Indian journal of veterinary science and animal husbandry - Volume 11,
Year: 1941
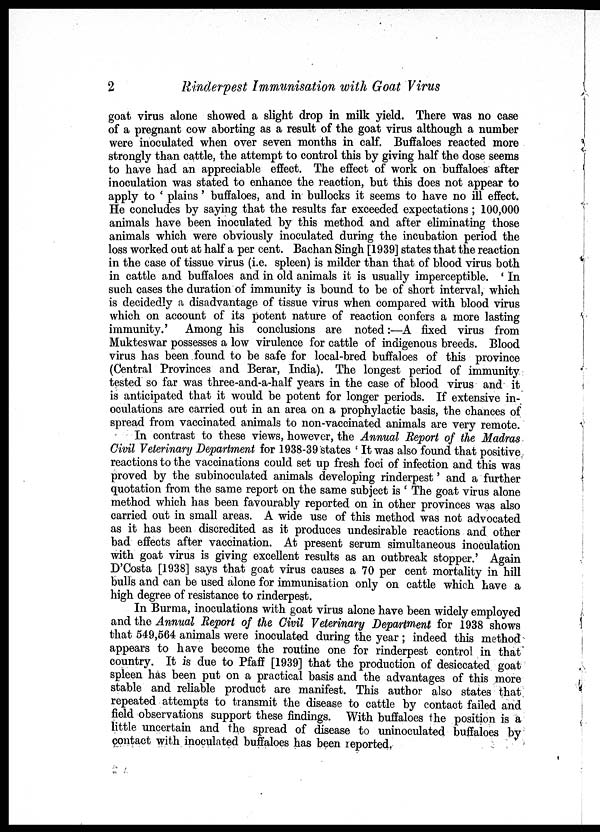
2
Rinderpest Immunisation with Goat Virus
goat virus alone showed a slight drop in milk yield. There was no case
of a pregnant cow aborting as a result of the goat virus although a number
were inoculated when over seven months in calf. Buffaloes reacted more
strongly than cattle, the attempt to control this by giving half the dose seems
to have had an appreciable effect. The effect of work on buffaloes after
inoculation was stated to enhance the reaction, but this does not appear to
apply to ' plains ' buffaloes, and in bullocks it seems to have no ill effect.
He concludes by saying that the results far exceeded expectations ; 100,000
animals have been inoculated by this method and after eliminating those
animals which were obviously inoculated during the incubation period the
loss worked out at half a per cent. Bachan Singh [1939] states that the reaction
in the case of tissue virus (i.e. spleen) is milder than that of blood virus both
in cattle and buffaloes and in old animals it is usually imperceptible. ' In
such cases the duration of immunity is bound to be of short interval, which
is decidedly a disadvantage of tissue virus when compared with blood virus
which on account of its potent nature of reaction confers a more lasting
immunity.'
Among his conclusions are noted:—A fixed virus from
Mukteswar possesses a low virulence for cattle of indigenous breeds. Blood
virus has been found to be safe for local-bred buffaloes of this province
(Central Provinces and Berar, India). The longest period of immunity
tested so far was three-and-a-half years in the case of blood virus and it
is anticipated that it would be potent for longer periods. If extensive in-
oculations are carried out in an area on a prophylactic basis, the chances of
spread from vaccinated animals to non-vaccinated animals are very remote.
In contrast to these views, however, the Annual Report of the Madras
Civil Veterinary Department for 1938-39 states ' It was also found that positive
reactions to the vaccinations could set up fresh foci of infection and this was
proved by the subinoculated animals developing rinderpest' and a further
quotation from the same report on the same subject is ' The goat virus alone
method which has been favourably reported on in other provinces was also
carried out in small areas. A wide use of this method was not advocated
as it has been discredited as it produces undesirable reactions and other
bad effects after vaccination. At present serum simultaneous inoculation
with goat virus is giving excellent results as an outbreak stopper.' Again
D'Costa [1938] says that goat virus causes a 70 per cent mortality in hill
bulls and can be used alone for immunisation only on cattle which have a
high degree of resistance to rinderpest.
In Burma, inoculations with goat virus alone have been widely employed
and the Annual Report of the Civil Veterinary Department for 1938 shows
that 549,564 animals were inoculated during the year ; indeed this method
appears to have become the routine one for rinderpest control in that'
country. It is due to Pfaff [1939] that the production of desiccated goat
spleen has been put on a practical basis and the advantages of this more
stable and reliable product are manifest. This author also states that
repeated attempts to transmit the disease to cattle by contact failed and
field observations support these findings. With buffaloes the position is a
little uncertain and the spread of disease to uninoculated buffaloes by
contact with inoculated buffaloes has been reported.